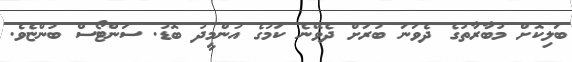
ބަލިކޮށް މުބާރާތުގެ ދެވަނަ ބުރަށް ދެވޭނެ ކަމުގެ އުންމީދު ބޮޑު. ސަންޓޯސް ބުންޏެވެ.